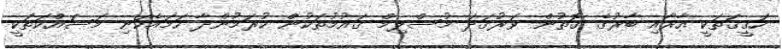
ހަޤީޤަތަކީ އާރާއި ބާރުގެ ގޮތުން ވަރުގަދަ މުސްލިމް ޤައުމުތަކުން ކުރަމުންދާ ހަމައެކަނި މަސައްކަތަކީ